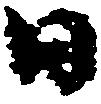
日